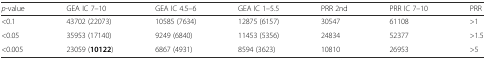
| p-value | GEA IC 7–10 | GEA IC 4.5–6 | GEA IC 1–5.5 | PRR 2nd | PRR IC 7–10 | PRR |
 | --- | --- | --- | --- | --- | --- | --- |
 | <0.1 | 43702 (22073) | 10585 (7634) | 12875 (6157) | 30547 | 61108 | >1 |
 | <0.05 | 35953 (17140) | 9249 (6840) | 11453 (5356) | 24834 | 52377 | >1.5 |
 | <0.005 | 23059 (10122) | 6867 (4931) | 8594 (3623) | 10810 | 26953 | >5 |